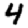
Digit: 4